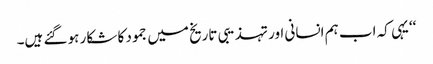
‘‘یہی کہ اب ہم انسانی اور تہذیبی تاریخ میں جمود کا شکار ہو گئے ہیں۔